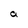
Character: a